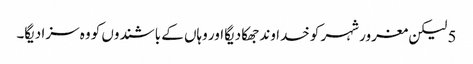
5 لیکن مغرور شہر کو خدا وند جھکا دیگا اور وہاں کے باشندوں کو وہ سزا دیگا۔